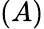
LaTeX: (A)